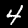
Digit: 4